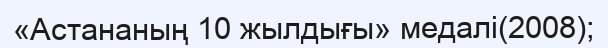
«Астананың 10 жылдығы» медалі(2008);